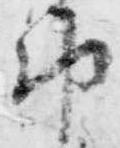
都